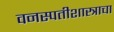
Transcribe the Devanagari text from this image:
वनस्पतीशास्त्राचा